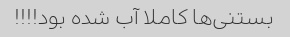
بستنی‌ها کاملا آب شده بود!!!!